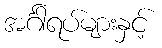
အင်္ဂါရပ်များနှင့်